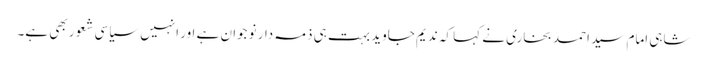
شاہی امام سید احمد بخاری نے کہا کہ ندیم جاوید بہت ہی ذمہ دار نوجوان ہے اور انہیں سیاسی شعور بھی ہے۔